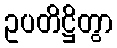
ဥပတိဋ္ဌိတွာ